Report on the bubonic plague in Bombay, 1896-1897
Year: 1896
Disease focus: Plague
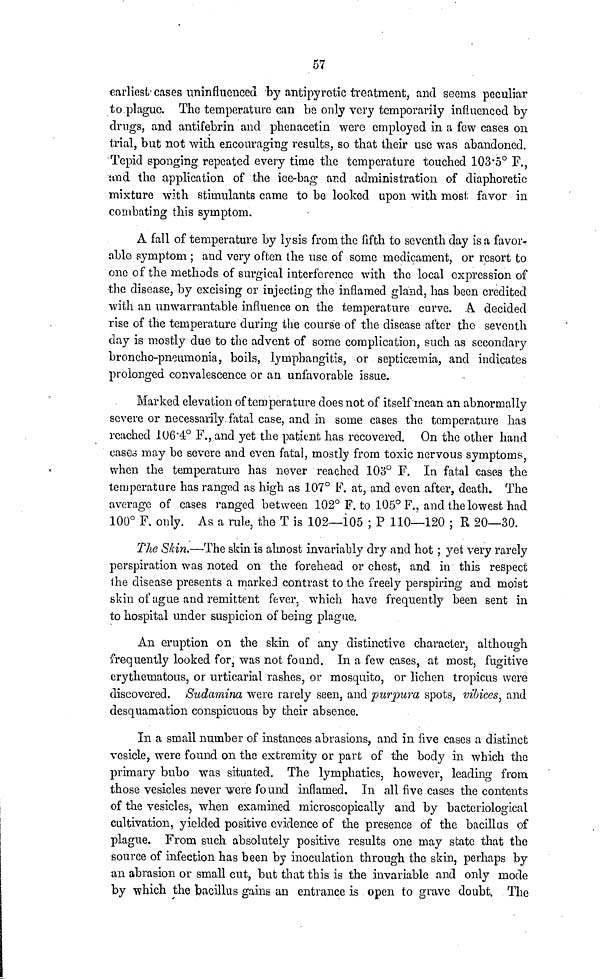
57
earliest cases uninfluenced by antipyretic treatment, and seems peculiar
to plague. The temperature can be only very temporarily influenced by
drugs, and antifebrin and phenacetin were employed in a few cases on
trial, but not with encouraging results, so that their use was abandoned.
Tepid sponging repeated every time the temperature touched 103.5° F.,
und the application of the ice-bag and administration of diaphoretic
mixture with stimulants came to be looked upon with most favor in
combating this symptom.
A fall of temperature by lysis from the fifth to seventh day is a favor-
able symptom ; and very often the use of some medicament, or resort to
one of the methods of surgical interference with the local expression of
the disease, by excising or injecting the inflamed gland, has been credited
with an unwarrantable influence on the temperature curve. A decided
rise of the temperature during the course of the disease after the seventh
clay is mostly due to the advent of some complication, such as secondary
broncho-pneumonia, boils, lymphangitis, or septicaemia, and indicates
prolonged convalescence or an unfavorable issue.
Marked elevation of temperature does not of itself mean an abnormally
severe or necessarily fatal case, and in some cases the temperature has
reached 106.4° F., and yet the patient has recovered. On the other hand
cásea may be severe and even fatal, mostly from toxic nervous symptoms,
when the temperature has never reached 103° F. In fatal cases the
temperature has ranged as high as 107° F. at, and even after, death. The
average of cases ranged between 102° F. to 105° F., and the lowest had
100° F. only. As a rule, the T is 102—105 ; P 110—120 ; R 20—30.
The Skin.—The skin is almost invariably dry and hot ; yet very rarely
perspiration was noted on the forehead or chest, and in this respect
the disease presents a marked contrast to the freely perspiring and moist
skin of ague and remittent fever, which have frequently been sent in
to hospital under suspicion of being plague.
An eruption on the skin of any distinctive character, although
frequently looked for, was not found. In a few cases, at most, fugitive
erythematous, or urticarial rashes, or mosquito, or lichen tropicus were
discovered. Sudamina were rarely seen, and purpura spots, vibices, and
desquamation conspicuous by their absence.
In a small number of instances abrasions, and in five cases a distinet
vesicle, were found on the extremity or part of the body in which the
primary bubo was situated. The lymphatics, however, leading from
those vesicles never were found inflamed. In all five cases the contents
of the vesicles, when examined microscopically and by bacteriological
cultivation, yielded positive evidence of the presence of the bacillus of
plague. From such absolutely positive results one may state that the
source of infection has been by inoculation through the skin, perhaps by
an abrasion or small cut, but that this is the invariable and only mode
by which the bacillus gains an entrance is open to grave doubt. The